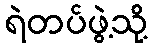
ရဲတပ်ဖွဲ့သို့